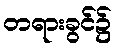
တရားခွင်၌